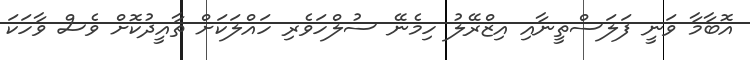
އޮބާމާ ވަނީ ފަލަސްތީނާއި އިޒްރޭލު ހިމެނޭ ސުލްހަވެރި ހައްލަކަށް ތާއީދުކޮށް ވެސް ވާހަކަ